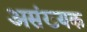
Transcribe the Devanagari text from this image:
असंख्यक